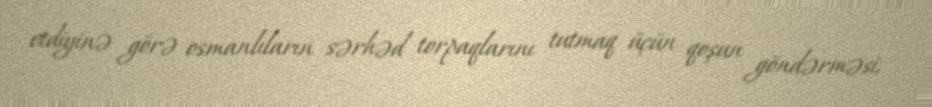
etdiyinə görə osmanlıların sərhəd torpaqlarını tutmaq üçün qoşun göndərməsi,